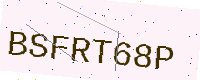
Text: BSFRT68P